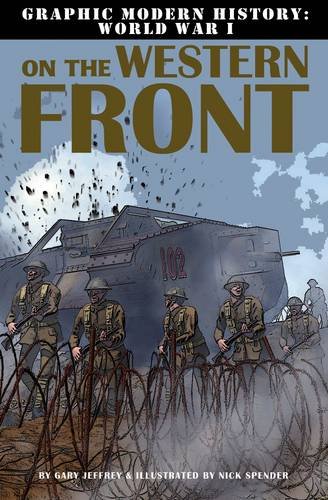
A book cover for On the Western Front (Graphic Modern History: World War I (Crabtree)); Gary Jeffrey; Children's Books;